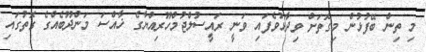
މި ތިން ބޭފުޅުން މިގޮތަށް ވިދާޅުވެފައި ވަނީ ރައީސުލްޖުމްހޫރިއްޔާގެ ޚާއްސަ މަންދޫބެއްގެ ގޮތުގައި